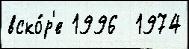
вско́р'е 1996  1974